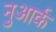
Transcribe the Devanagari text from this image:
नुआर्क